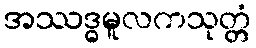
အဿဒ္ဓမူလကသုတ္တံ